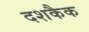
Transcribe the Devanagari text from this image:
दशकैक